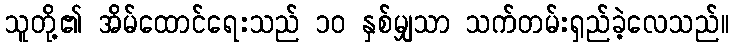
သူတို့၏ အိမ်ထောင်ရေးသည် ၁၀ နှစ်မျှသာ သက်တမ်းရှည်ခဲ့လေသည်။